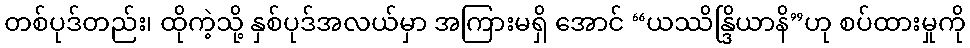
တစ်ပုဒ်တည်း၊ ထိုကဲ့သို့ နှစ်ပုဒ်အလယ်မှာ အကြားမရှိ အောင် “ယဿိန္ဒြိယာနိ”ဟု စပ်ထားမှုကို